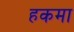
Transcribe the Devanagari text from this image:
हकमा